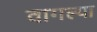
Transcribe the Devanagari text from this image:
वागल्या